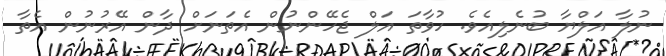
ނުލާ އަލްޔާ ބުނެލިއެވެ. ހުވާތަ އަލް ޖެހޭންނުން އެތަނަށް ދާން އޭރުނުން އެތާ